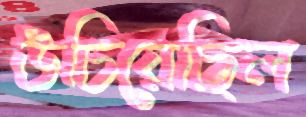
উচিয়েছিল